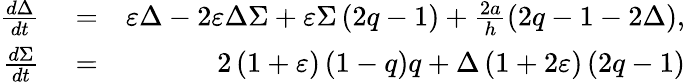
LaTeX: \begin{array}{rlr}{\frac{d\Delta}{dt}}&{{}=}&{\varepsilon\Delta-2\varepsilon\Delta\Sigma+\varepsilon\Sigma\left(2q-1\right)+\frac{2a}{h}\left(2q-1-2\Delta\right),}\\ {\frac{d\Sigma}{dt}}&{{}=}&{2\left(1+\varepsilon\right)\left(1-q\right)q+\Delta\left(1+2\varepsilon\right)\left(2q-1\right)}\end{array}